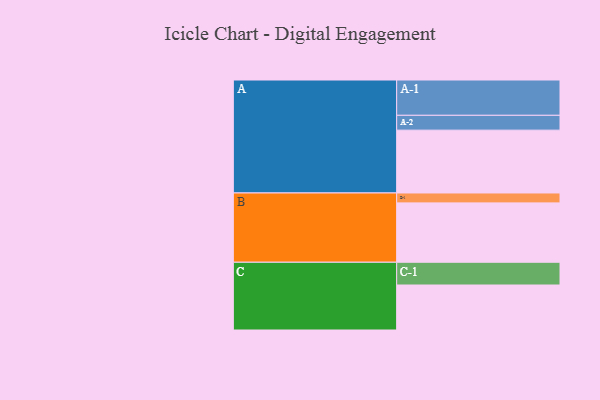
{"axis": {"x": "Segment", "y": "Value"}, "legend": ["", "A", "B", "C"], "data": [{"x": "A", "y": 525, "type": ""}, {"x": "B", "y": 496, "type": ""}, {"x": "C", "y": 376, "type": ""}, {"x": "A-1", "y": 295, "type": "A"}, {"x": "A-2", "y": 124, "type": "A"}, {"x": "B-1", "y": 83, "type": "B"}, {"x": "C-1", "y": 190, "type": "C"}]}